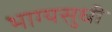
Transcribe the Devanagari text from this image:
भाग्यसुधी